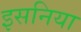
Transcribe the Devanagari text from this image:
इसनिया